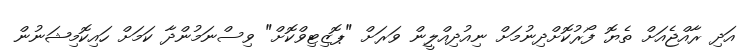
އަދި ރާއްޖެއަށް ތެޔޮ ފޯރުކޮށްދިނުމަށް ނިއުދިއްލީން ވަރަށް "ޕޮޒިޓިވްކޮށް" ވިސްނަމުންދާ ކަމަށް ހައިކޮމިޝަނުން